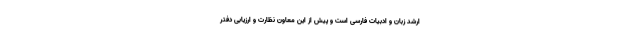
ارشد زبان و ادبیات فارسی است و پیش از این معاون نظارت و ارزیابی دفتر